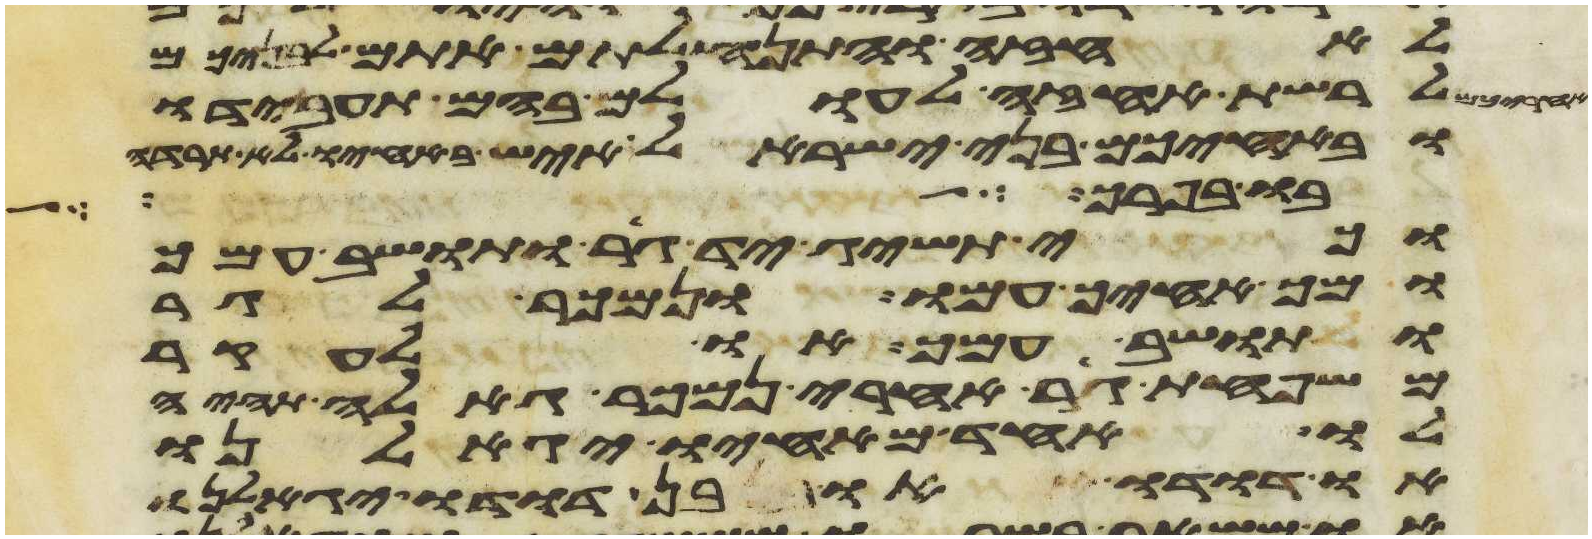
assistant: לאחזה והתנחלתם אתם לבניכם
לרשת אחזה לעולם בהם תעבידו
ובאחיכם בני ישראל איש באחיו לא תרדה
בו בפרך
וכי תשיג יד גר ותושב עמך
ומך אחיך עמו ונמכר לגר
ותושב עמך או לעקר
משפחת גר אחרי נמכר גאלה תהיה
לו אחד מאחיו יגאלנו
או דדו או בן דדו יגאלנו